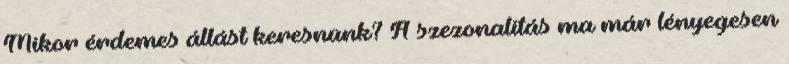
Mikor érdemes állást keresnünk? A szezonalitás ma már lényegesen